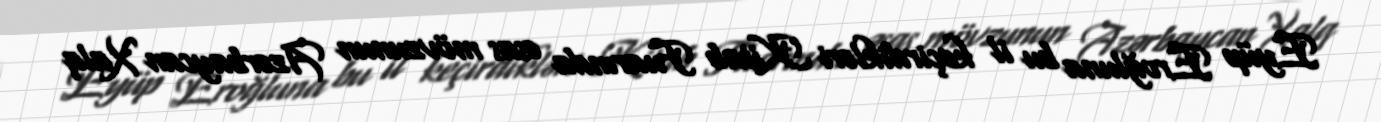
Eyüp Eroğluna bu il keçirdikləri Kitab Fuarında əsas mövzunun Azərbaycan Xalq